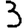
Digit: 3